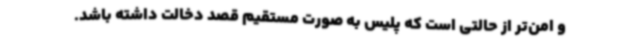
و امن‌تر از حالتی است که پلیس به صورت مستقیم قصد دخالت داشته باشد.